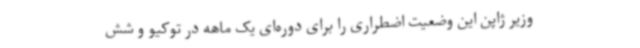
وزیر ژاپن این وضعیت اضطراری را برای دوره‌ای یک ماهه در توکیو و شش